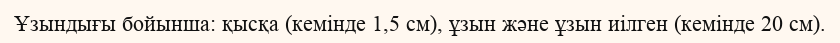
Ұзындығы бойынша: қысқа (кемінде 1,5 см), ұзын және ұзын иілген (кемінде 20 см).